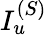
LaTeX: I_{u}^{(S)}